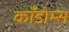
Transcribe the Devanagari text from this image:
काँडोम्स